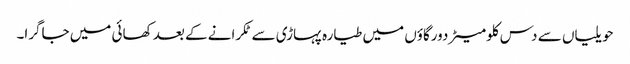
حویلیاں سے دس کلومیٹردورگاؤں میں طیارہ پہاڑی سے ٹکرانے کے بعد کھائی میں جاگرا۔